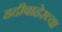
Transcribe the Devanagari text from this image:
हद्दीबाहेरच्या